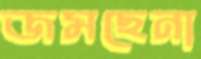
জমছেনা